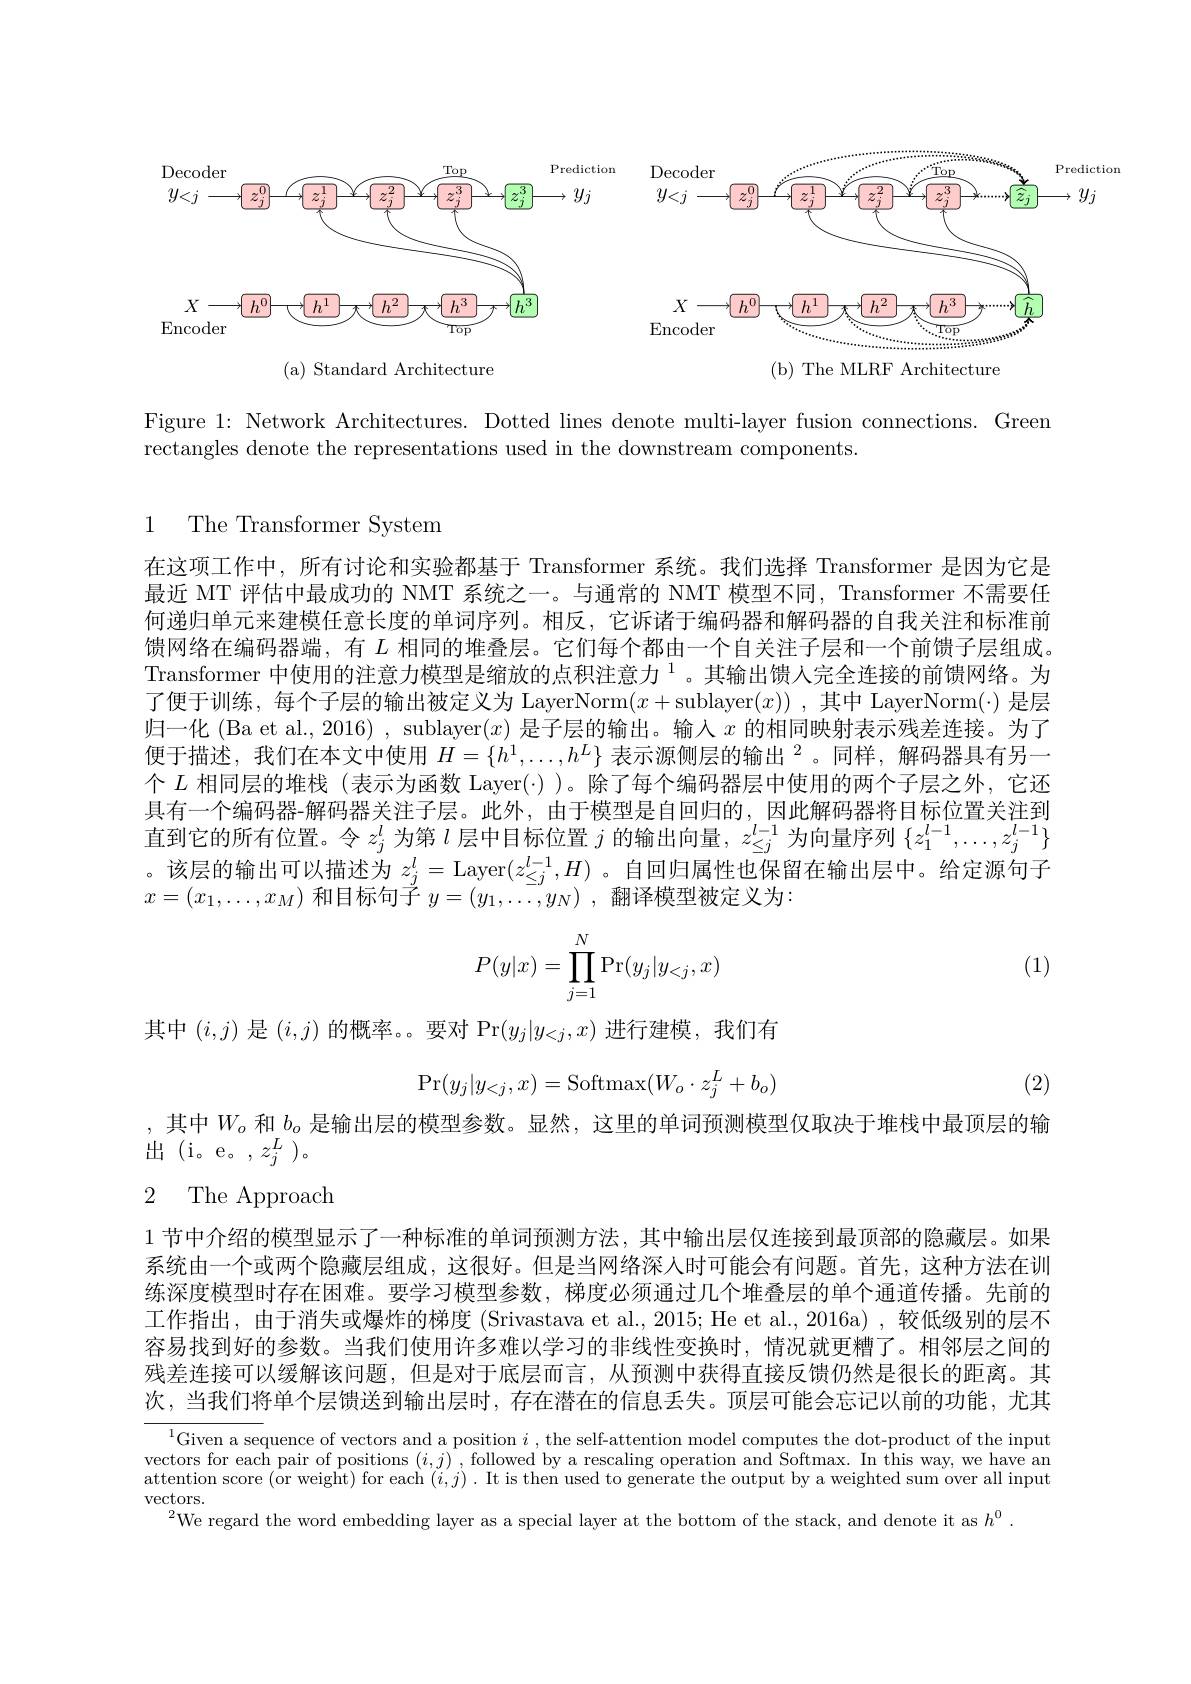
$y_{j}$
<FigureHere>

( a) Standard Architecture

( b) The MLRF Architecture

Figure 1: Network Architectures. Dotted lines denote multi-layer fusion connections. Greem
rectangles denote the representations used in the downstream components

1 The Transformer System

在这项工作中，所有讨论和实验都基于 Transformer 系统。我们选择 Transformer 是因为它是最近 MT 评估中最成功的 NMT 系统之一。与通常的 NMT 模型不同，Transformer 不需要任何递归单元来建模任意长度的单词序列。相反，它诉诸于编码器和解码器的自我关注和标准前馈网络在编码器端，有$L$相同的堆叠层。它们每个都由一个自关注子层和一个前馈子层组成。Transformer 中使用的注意力模型是缩放的点积注意力$^{1}$。其输出馈入完全连接的前馈网络。为了便于训练，每个子层的输出被定义为 LayerNorm$(x+$sublayer$(x))$ ,其中 LayerNorm(·) 是层归一化 (Ba et al., 2016) , sublayer$(x)$是子层的输出。输入$x$的相同映射表示残差连接。为了便于描述，我们在本文中使用$H=\{h^1,\ldots,h^L\}\text{表示源侧层的输出}^2$。同样，解码器具有另一个$L$相同层的堆栈 (表示为函数 Layer(·))。除了每个编码器层中使用的两个子层之外，它还具有一个编码器-解码器关注子层。此外，由于模型是自回归的，因此解码器将目标位置关注到直到它的所有位置。令$z_j^l$为第$l$层中目标位置$j$的输出向量，$z_\leq j^l-1$为向量序列$\{z_1^l-1,\ldots,z_j^l-1\}$ 。该层的输出可以描述为$z_j^l=$ Layer$(z_{\leq j}^{l-1},H)$ 。自回归属性也保留在输出层中。给定源句子$x=(x_1,\ldots,x_M)$和目标句子$y=(y_1,\ldots,y_N)$ ,翻译模型被定义为：
$$P(y|x)=\prod_{j=1}^N\Pr(y_j|y_{<j},x)$$
(1)

其中$(i,j)$是$(i,j)$的概率。。要对 Pr$(y_j|y_{<j},x)$进行建模，我们有
$$\mathrm{Pr}(y_j|y_{<j},x)=\mathrm{Softmax}(W_o\cdot z_j^L+b_o)$$
(2)

,其中$W_o$和$b_o$是输出层的模型参数。显然，这里的单词预测模型仅取决于堆栈中最顶层的输
$出(i。e。,z_{j}^{L})$。

# 2 The Approach

1 节中介绍的模型显示了一种标准的单词预测方法，其中输出层仅连接到最顶部的隐藏层。如果系统由一个或两个隐藏层组成，这很好。但是当网络深人时可能会有问题。首先，这种方法在训练深度模型时存在困难。要学习模型参数，梯度必须通过几个堆叠层的单个通道传播。先前的工作指出，由于消失或爆炸的梯度 (Srivastava et al., 2015; He et al., 2016a) , 较低级别的层不容易找到好的参数。当我们使用许多难以学习的非线性变换时，情况就更糟了。相邻层之间的残差连接可以缓解该问题，但是对于底层而言，从预测中获得直接反馈仍然是很长的距离。其次，当我们将单个层馈送到输出层时，存在潜在的信息丢失。顶层可能会忘记以前的功能，尤其

$^{1}$Given a sequence of vectors and a position $i$, the self-attention model computes the dot-product of the input vectors for each pair of positions $(i,j)$ , followed by a rescaling operation and Softmax. In this way, we have an attention score ($\hat{\text{or weight}})$ for each $(i,j).$ It is then used to generate the output by a weighted sum over all input $\operatorname{vectors}.$

$^{2}$We regard the word embedding layer as a special layer at the bottom of the stack, and denote it as $h^0.$